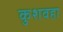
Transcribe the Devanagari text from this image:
कुशवहा